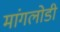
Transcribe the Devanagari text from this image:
मांगलोडी